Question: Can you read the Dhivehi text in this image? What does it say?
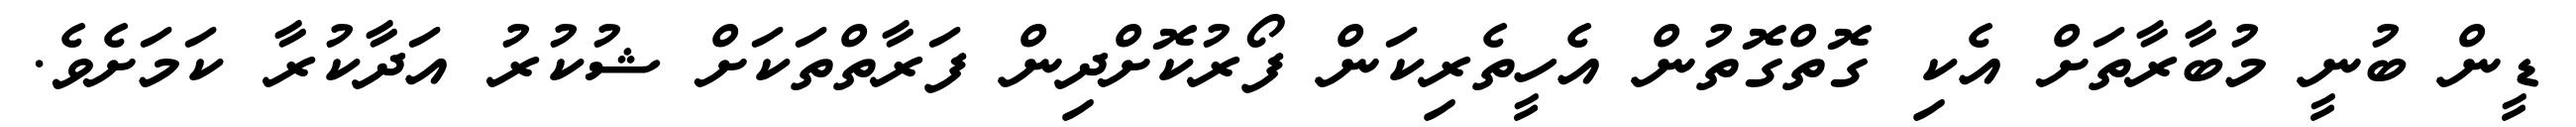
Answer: ޑީން ބުނީ މުބާރާތަށް އެކި ގޮތްގޮތުން އެހީތެރިކަން ފޯރުކޮށްދިން ފަރާތްތަކަށް ޝުކުރު އަދާކުރާ ކަމަށެވެ.